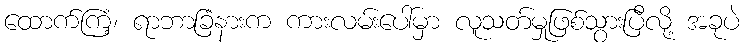
ထောက်ကြံ့၊ ရာဘာခြံနားက ကားလမ်းပေါ်မှာ လူသတ်မှုဖြစ်သွားပြီလို့ အခုပဲ